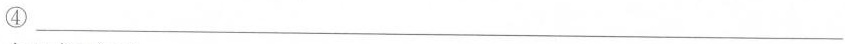
④___